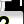
Digit: 2